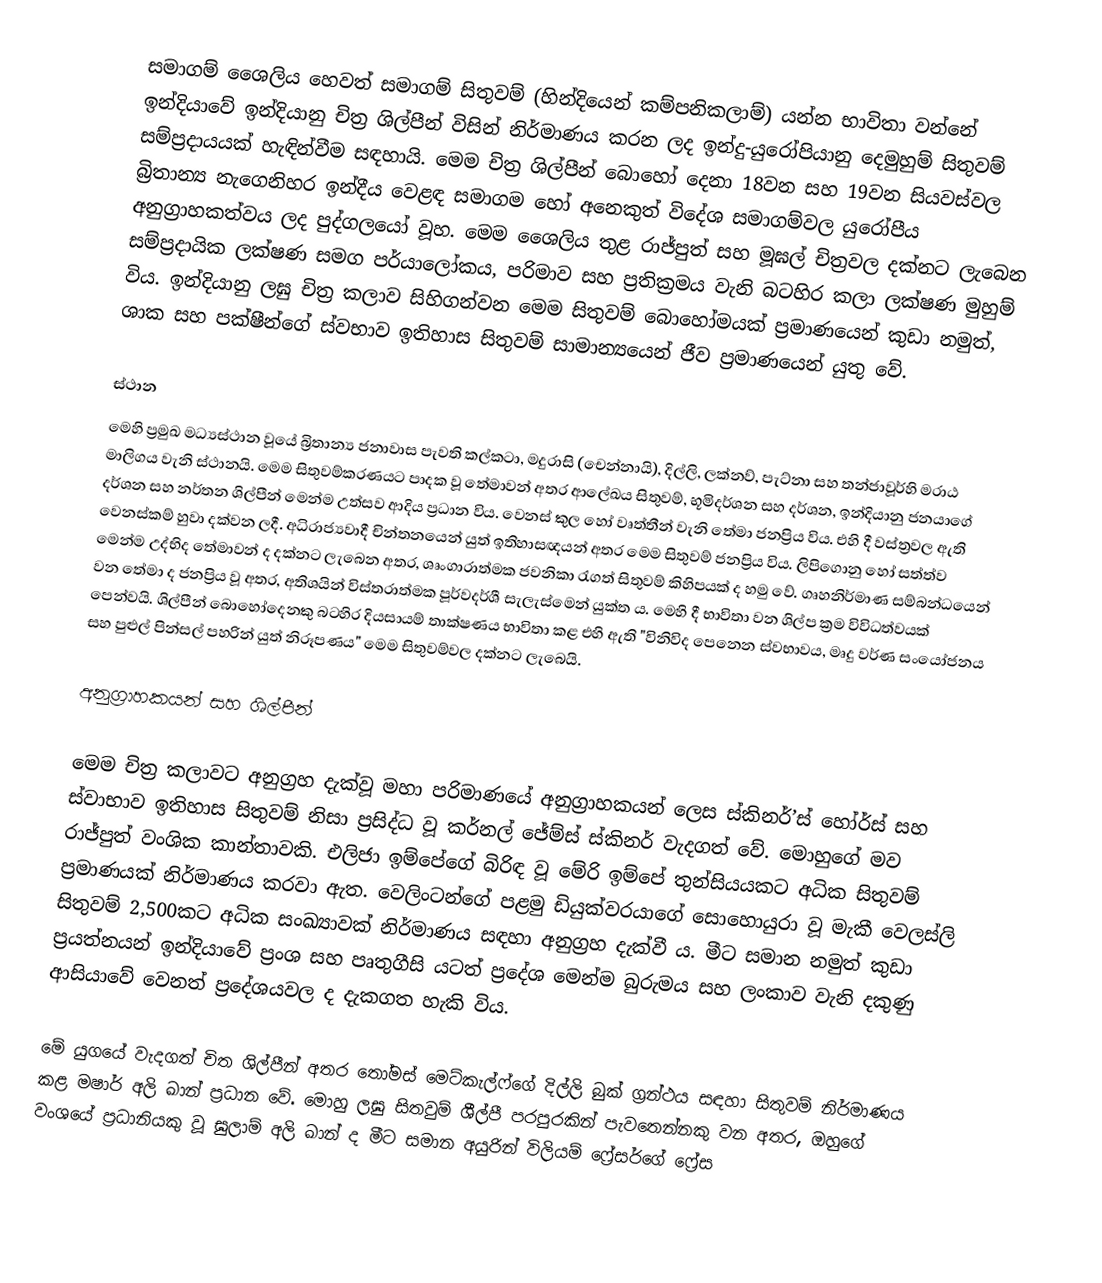
සමාගම් ශෛලිය හෙවත් සමාගම් සිතුවම් (හින්දියෙන් කම්පනිකලාම්) යන්න භාවිතා වන්නේ ඉන්දියාවේ ඉන්දියානු චිත්‍ර ශිල්පීන් විසින් නිර්මාණය කරන ලද ඉන්දු-යුරෝපියානු දෙමුහුම් සිතුවම් සම්ප්‍රදායයක් හැඳින්වීම සඳහායි. මෙම චිත්‍ර ශිල්පීන් බොහෝ දෙනා 18වන සහ 19වන සියවස්වල බ්‍රිතාන්‍ය නැගෙනිහර ඉන්දීය වෙළඳ සමාගම හෝ අනෙකුත් විදේශ සමාගම්වල යුරෝපීය අනුග්‍රාහකත්වය ලද පුද්ගලයෝ වූහ. මෙම ශෛලිය තුළ රාජ්පුත් සහ මූඝල් චිත්‍රවල දක්නට ලැබෙන සම්ප්‍රදායික ලක්ෂණ සමග පර්යාලෝකය, පරිමාව සහ ප්‍රතික්‍රමය වැනි බටහිර කලා ලක්ෂණ මුහුම් විය. ඉන්දියානු ලඝු චිත්‍ර කලාව සිහිගන්වන මෙම සිතුවම් බොහෝමයක් ප්‍රමාණයෙන් කුඩා නමුත්, ශාක සහ පක්ෂීන්ගේ ස්වභාව ඉතිහාස සිතුවම් සාමාන්‍යයෙන් ජීව ප්‍රමාණයෙන් යුතු වේ.

ස්ථාන
මෙහි ප්‍රමුඛ මධ්‍යස්ථාන වූයේ බ්‍රිතාන්‍ය ජනාවාස පැවති කල්කටා, මදුරාසි (චෙන්නායි), දිල්ලි, ලක්නව්, පැට්නා සහ තන්ජාවූර්හි මරාඨ මාලිගය වැනි ස්ථානයි. මෙම සිතුවම්කරණයට පාදක වූ තේමාවන් අතර ආලේඛය සිතුවම්, භූමිදර්ශන සහ දර්ශන, ඉන්දියානු ජනයාගේ දර්ශන සහ නර්තන ශිල්පීන් මෙන්ම උත්සව ආදිය ප්‍රධාන විය. වෙනස් කුල හෝ වෘත්තීන් වැනි තේමා ජනප්‍රිය විය. එහි දී වස්ත්‍රවල ඇති වෙනස්කම් හුවා දක්වන ලදී. අධිරාජ්‍යවාදී චින්තනයෙන් යුත් ඉතිහාසඥයන් අතර මෙම සිතුවම් ජනප්‍රිය විය. ලිපිගොනු හෝ සත්ත්ව මෙන්ම උද්භිද තේමාවන් ද දක්නට ලැබෙන අතර, ශෘංගාරාත්මක ජවනිකා රැගත් සිතුවම් කිහිපයක් ද හමු වේ. ගෘහනිර්මාණ සම්බන්ධයෙන් වන තේමා ද ජනප්‍රිය වූ අතර, අතිශයින් විස්තරාත්මක පූර්වදර්ශී සැලැස්මෙන් යුක්ත ය. මෙහි දී භාවිතා වන ශිල්ප ක්‍රම විවිධත්වයක් පෙන්වයි. ‍ශිල්පීන් බොහෝදෙනකු බටහිර දියසායම් තාක්ෂණය භාවිතා කළ එහි ඇති "විනිවිද පෙනෙන ස්වභාවය, මෘදු වර්ණ සංයෝජනය සහ පුළුල් පින්සල් පහරින් යුත් නිරූපණය" මෙම සිතුවම්වල දක්නට ලැබෙයි.

අනුග්‍රාහකයන් සහ ශිල්පීන්

මෙම චිත්‍ර කලාවට අනුග්‍රහ දැක්වූ මහා පරිමාණයේ අනුග්‍රාහකයන් ලෙස ස්කිනර්’ස් හෝර්ස් සහ ස්වාභාව ඉතිහාස සිතුවම් නිසා ප්‍රසිද්ධ වූ කර්නල් ‍ජේම්ස් ස්කිනර් වැදගත් වේ. මොහුගේ මව රාජ්පුත් වංශික කාන්තාවකි. එලිජා ඉම්පේගේ බිරිඳ වූ මේරි ඉම්පේ තුන්සියයකට අධික සිතුවම් ප්‍රමාණයක් නිර්මාණය කරවා ඇත. වෙලිංටන්ගේ පළමු ඩියුක්වරයාගේ සොහොයුරා වූ මැකී වෙ‍ලස්ලි සිතුවම් 2,500කට අධික සංඛ්‍යාවක් නිර්මාණය සඳහා අනුග්‍රහ දැක්වී ය. මීට සමාන නමුත් කුඩා ප්‍රයත්නයන් ඉන්දියාවේ ප්‍රංශ සහ පෘතුගීසි යටත් ප්‍රදේශ මෙන්ම බුරුමය සහ ලංකාව වැනි දකුණු ආසියාවේ වෙනත් ප්‍රදේශයවල ද දැකගත හැකි විය.

මේ යුගයේ වැදගත් චිත ශිල්පීන් අතර තෝමස් මෙට්කැල්ෆ්ගේ දිල්ලි බුක් ග්‍රන්ථය සඳහා සිතුවම් නිර්මාණය කළ මෂාර් අලි ඛාන් ප්‍රධාන වේ. මොහු ලඝු සිතවුම් ශීල්පී පරපුරකින් පැවතෙන්නකු වන අතර, ඔහුගේ වංශයේ ප්‍රධානියකු වූ ඝුලාම් අලි ඛාන් ද මීට සමාන අයුරින් විලියම් ෆ්‍රේසර්ගේ ෆ්‍රේස